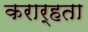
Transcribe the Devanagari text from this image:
करार्हता